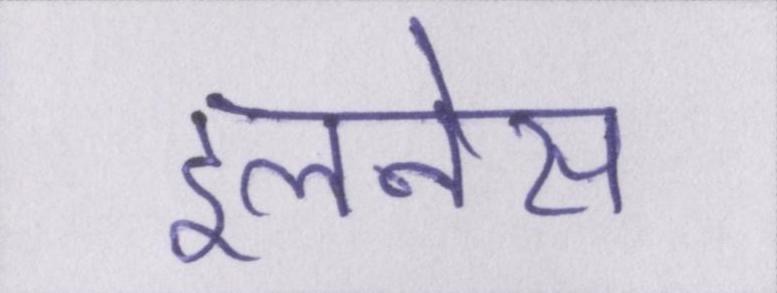
इलनेस